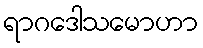
ရာဂဒေါသမောဟာ